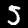
Label: 5